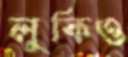
লুকিও